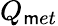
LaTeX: Q_{\mathsf{m}et}